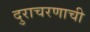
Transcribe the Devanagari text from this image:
दुराचरणाची